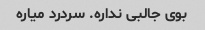
بوی جالبی نداره. سردرد میاره